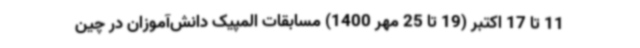
11 تا 17 اکتبر (19 تا 25 مهر 1400) مسابقات المپیک دانش‌آموزان در چین